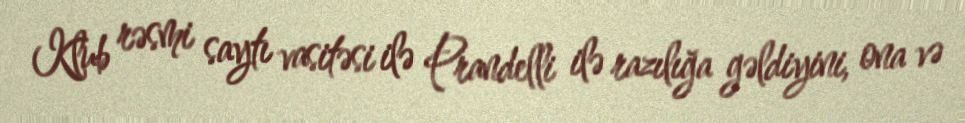
Klub rəsmi saytı vasitəsi ilə Prandelli ilə razılığa gəldiyini, ona və